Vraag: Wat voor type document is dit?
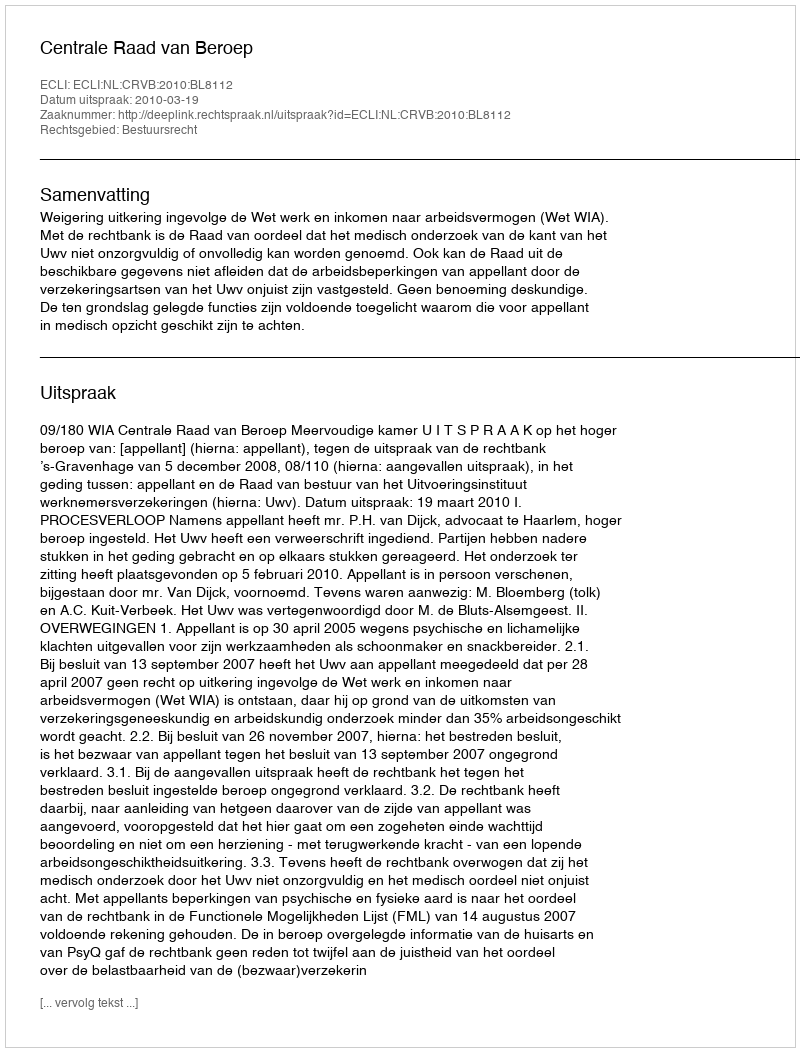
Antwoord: Uitspraak